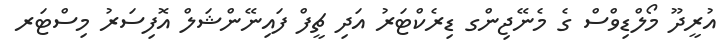
އުރީދޫ މޯލްޑިވްސް ގެ މެނޭޖިންގ ޑިރެކްޓަރު އަދި ޗީފް ފައިނޭންޝަލް އޮފިސަރު މިސްޓަރ